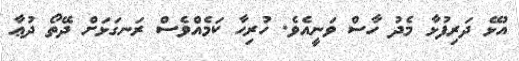
އުޅޭ ދަރިފުޅާ މެދު ހާސް ވަނީއެވެ. ހުރިހާ ކަމެއްވެސް ރަނގަޅަށް ދޭތޯ ދުޢާ